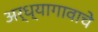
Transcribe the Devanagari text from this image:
अर्ध्यागावाचे